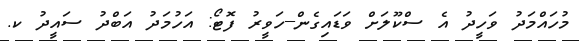
މުހައްމަދު ވަހީދު އެ ސްކޫލަށް ވަޑައިގެން--ހަވީރު ފޮޓޯ: އަހުމަދު އަބްދު ސައީދު ކ.